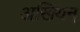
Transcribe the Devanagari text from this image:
अखियन्